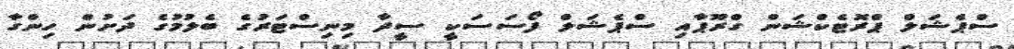
ސްޕެޝަލް ޕްރޮޓެކްޝަން ގްރޫޕާއި ސްޕެޝަލް ފޯސަސަކީ ސީދާ މިނިސްޓަރުގެ ބެލުމުގެ ދަށުން ހިންގާ